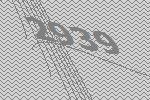
2939